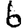
Digit: 6